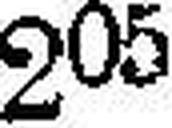
205